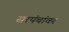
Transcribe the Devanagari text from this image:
सरपंचांवर